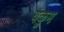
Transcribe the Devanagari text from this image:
यकुम